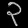
Digit: ၃